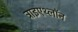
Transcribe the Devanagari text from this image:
ट्राइएथ्लॉन